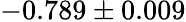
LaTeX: -0.789\pm 0.009